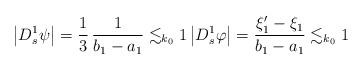
LaTeX: \begin{align*}\left| D^{1}_s \psi \right|= \dfrac{1}{3} \, \dfrac{1}{b_1-a_1}\lesssim_{k_0} 1\left| D^{1}_s \varphi \right|= \dfrac{\xi_1' - \xi_1}{b_1-a_1}\lesssim_{k_0} 1\end{align*}